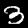
Digit: 3